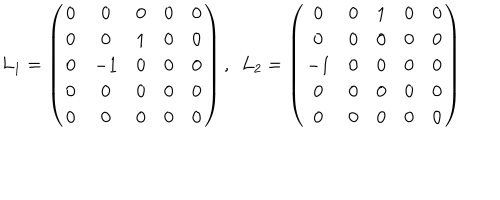
L _ { 1 } = \left( \begin{array} { c c c c c } { { 0 } } & { { 0 } } & { { 0 } } & { { 0 } } & { { 0 } } \\ { { 0 } } & { { 0 } } & { { 1 } } & { { 0 } } & { { 0 } } \\ { { 0 } } & { { - 1 } } & { { 0 } } & { { 0 } } & { { 0 } } \\ { { 0 } } & { { 0 } } & { { 0 } } & { { 0 } } & { { 0 } } \\ { { 0 } } & { { 0 } } & { { 0 } } & { { 0 } } & { { 0 } } \\ \end{array} \right) , \, \, \, L _ { 2 } = \left( \begin{array} { c c c c c } { { 0 } } & { { 0 } } & { { 1 } } & { { 0 } } & { { 0 } } \\ { { 0 } } & { { 0 } } & { { 0 } } & { { 0 } } & { { 0 } } \\ { { - 1 } } & { { 0 } } & { { 0 } } & { { 0 } } & { { 0 } } \\ { { 0 } } & { { 0 } } & { { 0 } } & { { 0 } } & { { 0 } } \\ { { 0 } } & { { 0 } } & { { 0 } } & { { 0 } } & { { 0 } } \\ \end{array} \right)